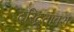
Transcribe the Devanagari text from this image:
दरिद्रतावश